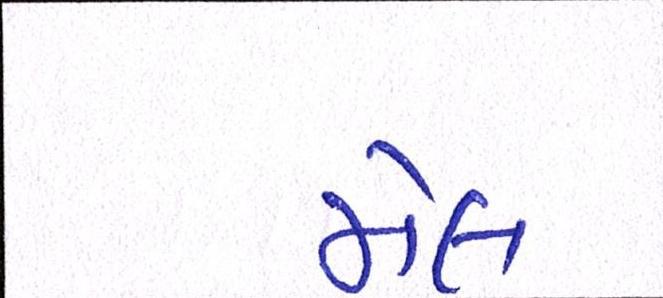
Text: મેલ